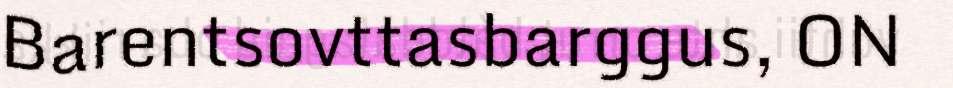
Barentsovttasbarggus, ON